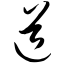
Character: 道